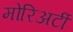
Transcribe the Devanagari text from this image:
मोरिअर्टी